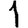
Digit: 1